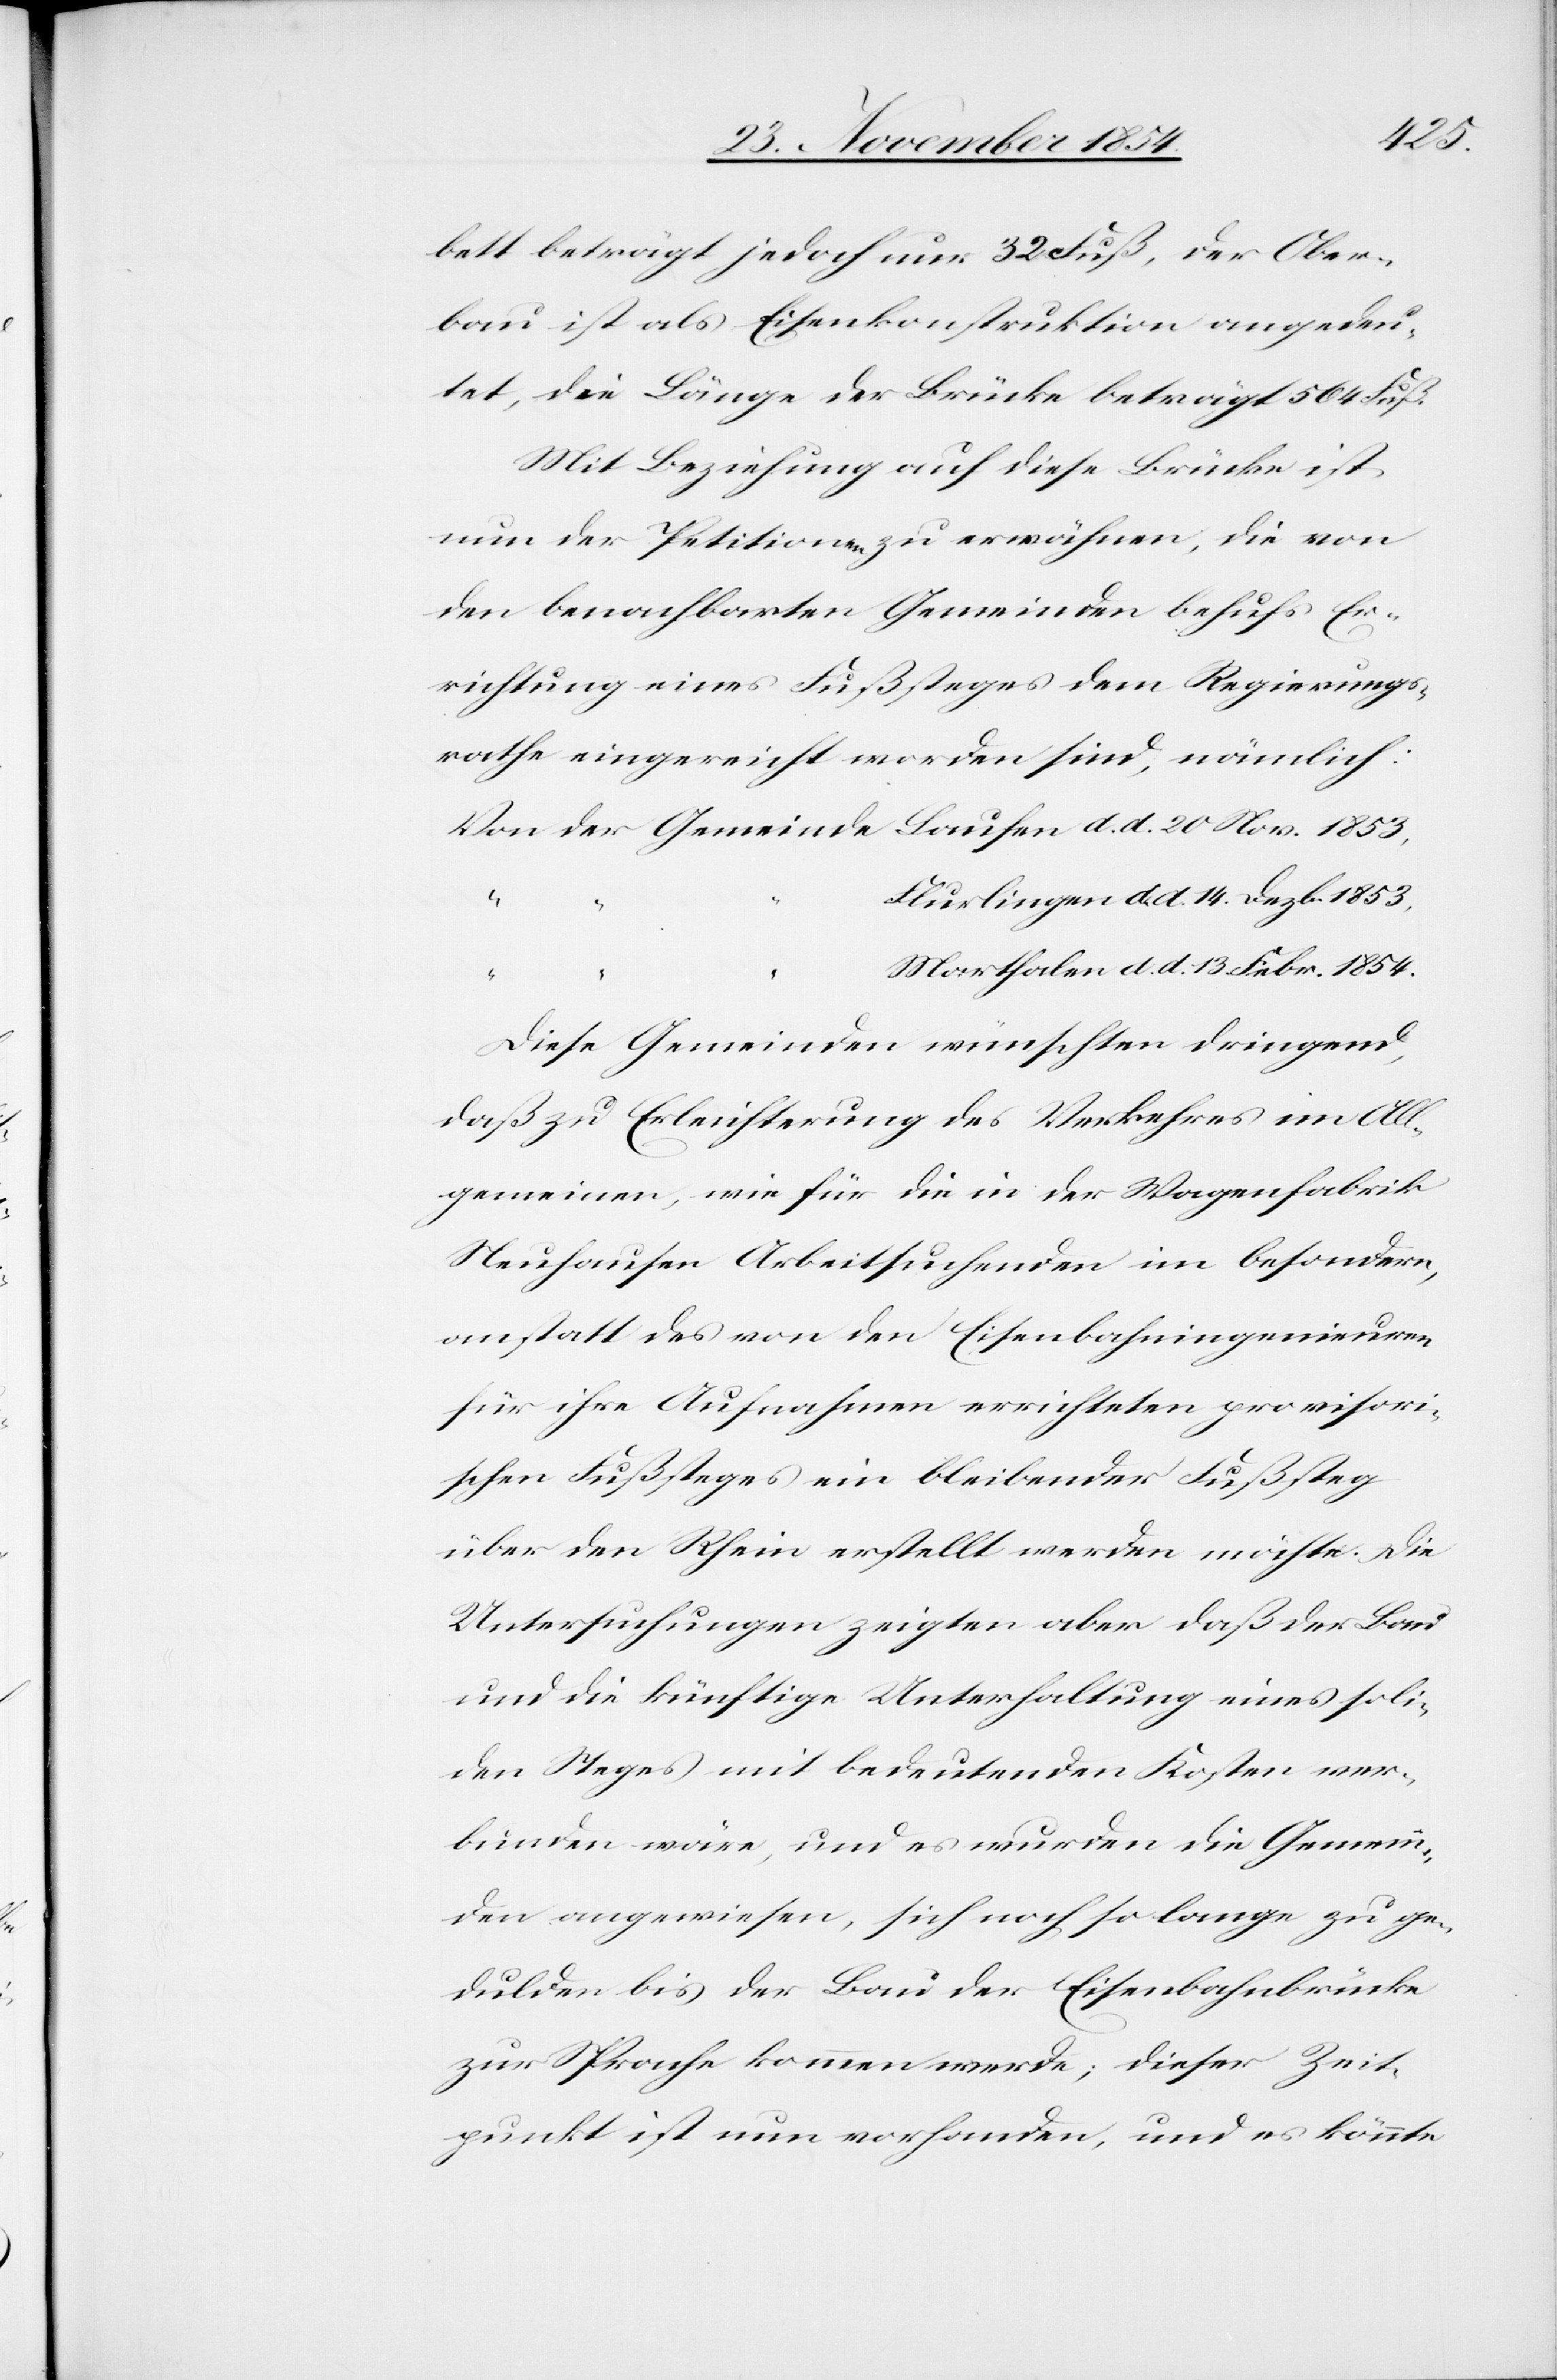
1853,
bett beträgt jedoch nur 32 Fuß, der Ober¬
bau ist als Eisenkonstruktion angedeu¬
tet, die Länge der Brücke beträgt 564 Fuß.
Mit Beziehung auf diese Brücke ist
den benachbarten Gemeinden behufs Er¬
richtung eines Fußsteges dem Regierungs¬
rathe eingereicht worden sind, nämlich:
Flurlingen d. d. 14. Dezb. 1853,
20.
Marthalen d. d. 13. Febr. 1854.
Laufen
Diese Gemeinden wünschten dringend,
daß zu Erleichterung des Verkehres im All¬
gemeinen, wie für die in der Wagenfabrik
Neuhausen Arbeitsuchenden im besondern,
anstatt des von den Eisenbahningenieuren
für ihre Aufnahmen errichteten provisori¬
schen Fußsteges ein bleibender Fußsteg
über den Rhein erstellt werden möchte. Die
Untersuchungen zeigten aber daß der Bau
und die künftige Unterhaltung eines soli¬
den Steges mit bedeutenden Kosten ver¬
bunden wäre, und es wurden die Gemein¬
den angewiesen, sich noch so lange zu ge¬
dulden bis der Bau der Eisenbahnbrücke
zur Sprache kommen werde; dieser Zeit¬
punkt ist nun vorhanden, und es könnte